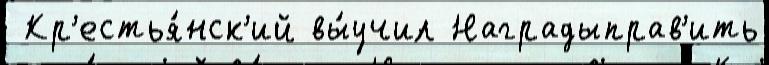
 Кр'естья́нск'ий вы́учил Наградыправ'ить